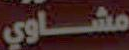
مشاوي